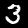
Label: 3